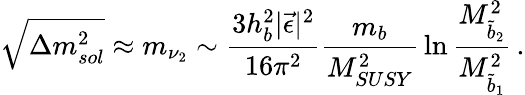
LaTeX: \sqrt{\Delta m_{sol}^{2}}\approx m_{\nu_{2}}\sim{\frac{3h_{b}^{2}|\vec{\epsilon}|^{2}}{16\pi^{2}}}{\frac{m_{b}}{M_{SUSY}^{2}}}\ln{\frac{M_{\tilde{b}_{2}}^{2}}{M_{\tilde{b}_{1}}^{2}}}\, .